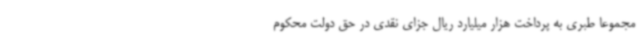
مجموعا طبری به پرداخت هزار میلیارد ریال جزای نقدی در حق دولت محکوم